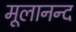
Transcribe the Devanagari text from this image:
मूलानन्द